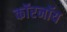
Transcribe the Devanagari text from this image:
कॉरनॉय